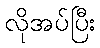
လိုအပ်ပြီး